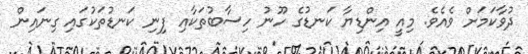
ދުވާކަމަށް ވެއެވެ. މިއީ އިންޑިޔާ ކަނޑުގެ ހޫނު ހިސާބުތަކާއި ފިނި ކަނޑުތަކުގައި ގިނައިން